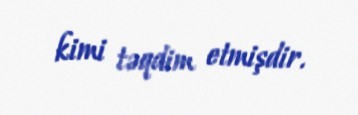
kimi təqdim etmişdir.